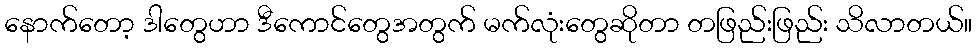
နောက်တော့ ဒါတွေဟာ ဒီကောင်တွေအတွက် မက်လုံးတွေဆိုတာ တဖြည်းဖြည်း သိလာတယ်။